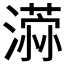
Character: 𣿻